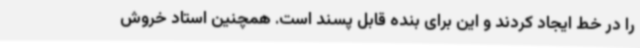
را در خط ایجاد کردند و این برای بنده قابل پسند است. همچنین استاد خروش